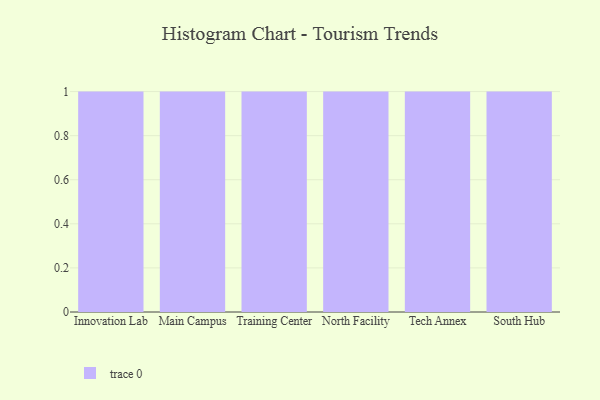
{"axis": {"x": "Campus", "y": "Revenue (USD Million)"}, "legend": [""], "data": [{"x": "Innovation Lab", "y": 51, "type": ""}, {"x": "Main Campus", "y": 61, "type": ""}, {"x": "Training Center", "y": 20, "type": ""}, {"x": "North Facility", "y": 81, "type": ""}, {"x": "Tech Annex", "y": 30, "type": ""}, {"x": "South Hub", "y": 1, "type": ""}]}